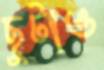
ছুটাও